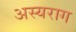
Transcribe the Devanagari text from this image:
अस्यराग